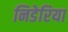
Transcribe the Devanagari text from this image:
निडेरिया